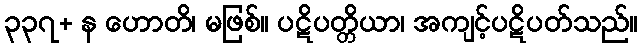
၃၃၇+ န ဟောတိ၊ မဖြစ်။ ပဋိပတ္တိယာ၊ အကျင့်ပဋိပတ်သည်။